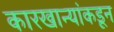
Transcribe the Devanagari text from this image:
कारखान्यांकडून